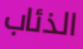
الذئاب